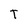
Character: T